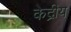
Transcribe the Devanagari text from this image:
केद्रीय